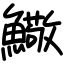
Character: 𩼃